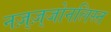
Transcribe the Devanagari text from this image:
नज़्ज़्जोनलिस्त